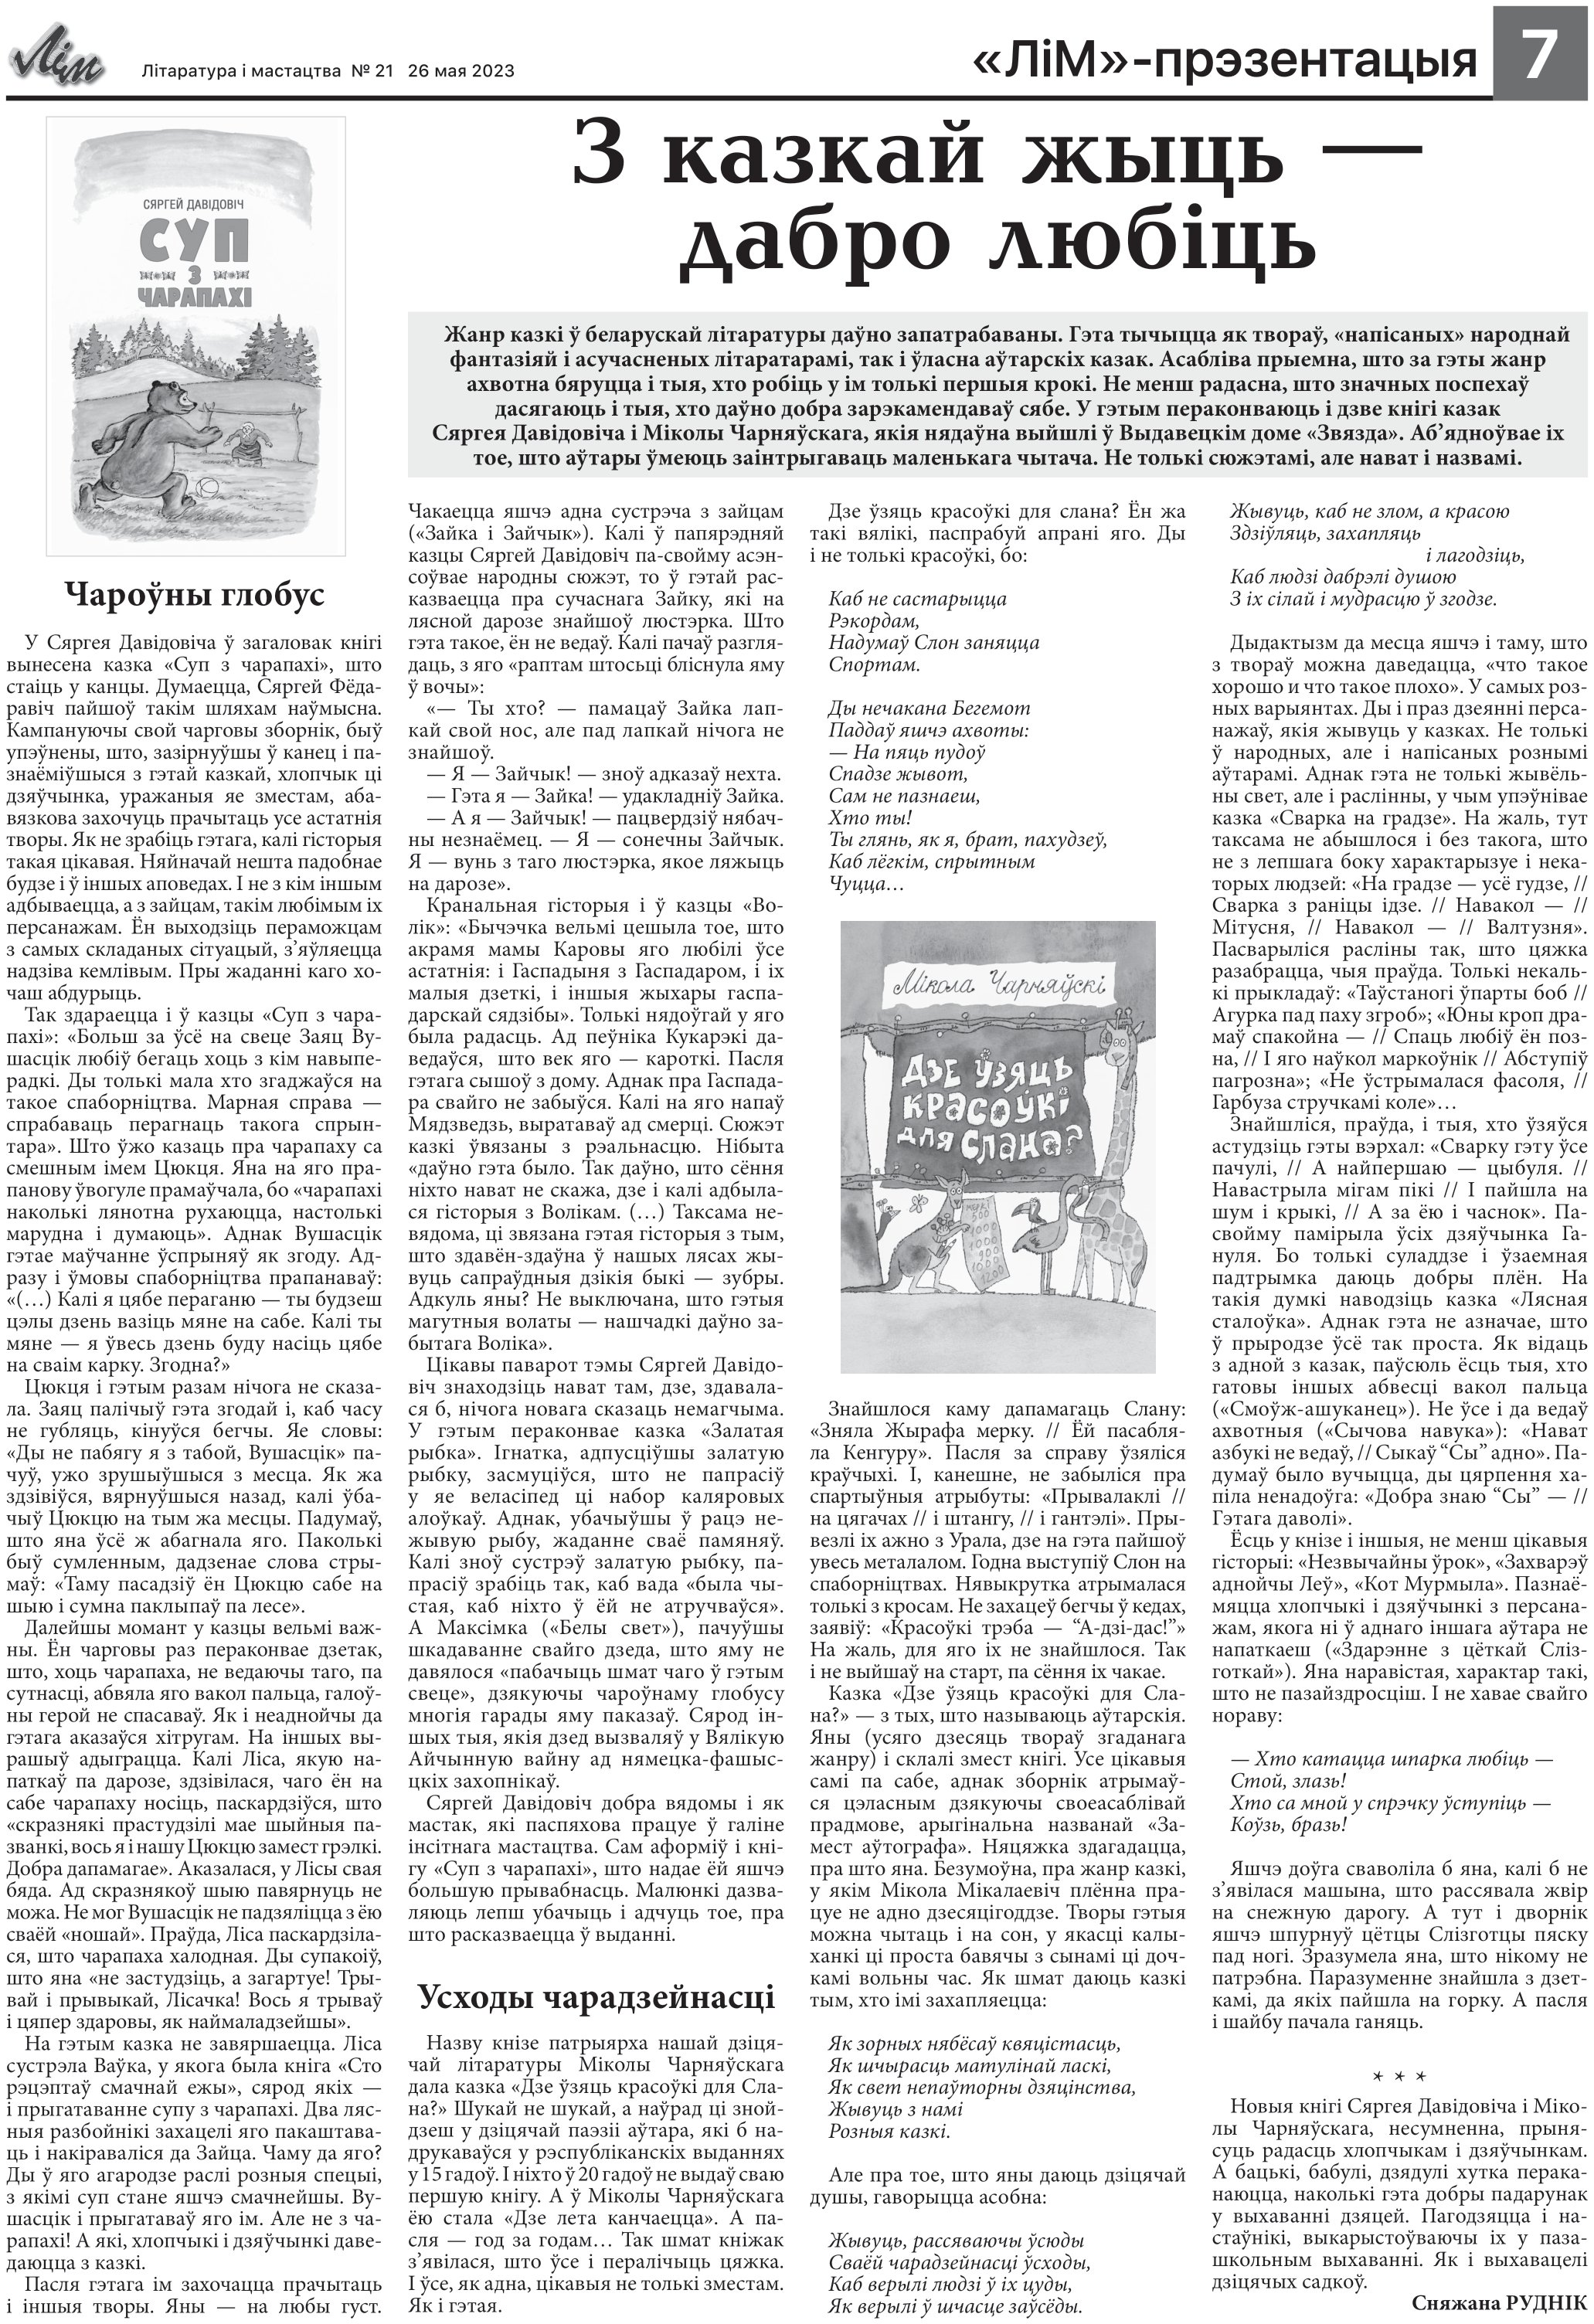
Language: be